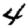
Digit: 4